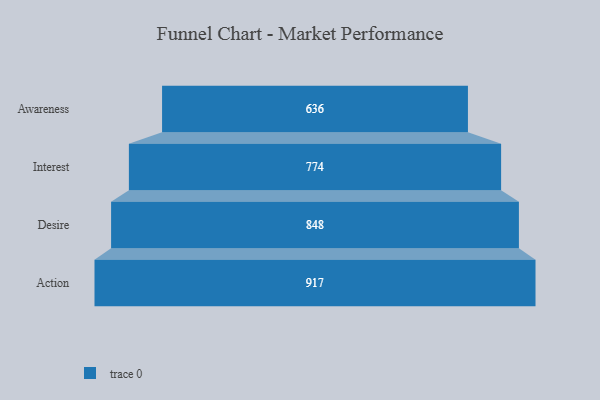
{"axis": {"x": "Stage", "y": "Value"}, "legend": [""], "data": [{"x": "Awareness", "y": 636.0, "type": ""}, {"x": "Interest", "y": 774.0, "type": ""}, {"x": "Desire", "y": 848.0, "type": ""}, {"x": "Action", "y": 917.0, "type": ""}]}